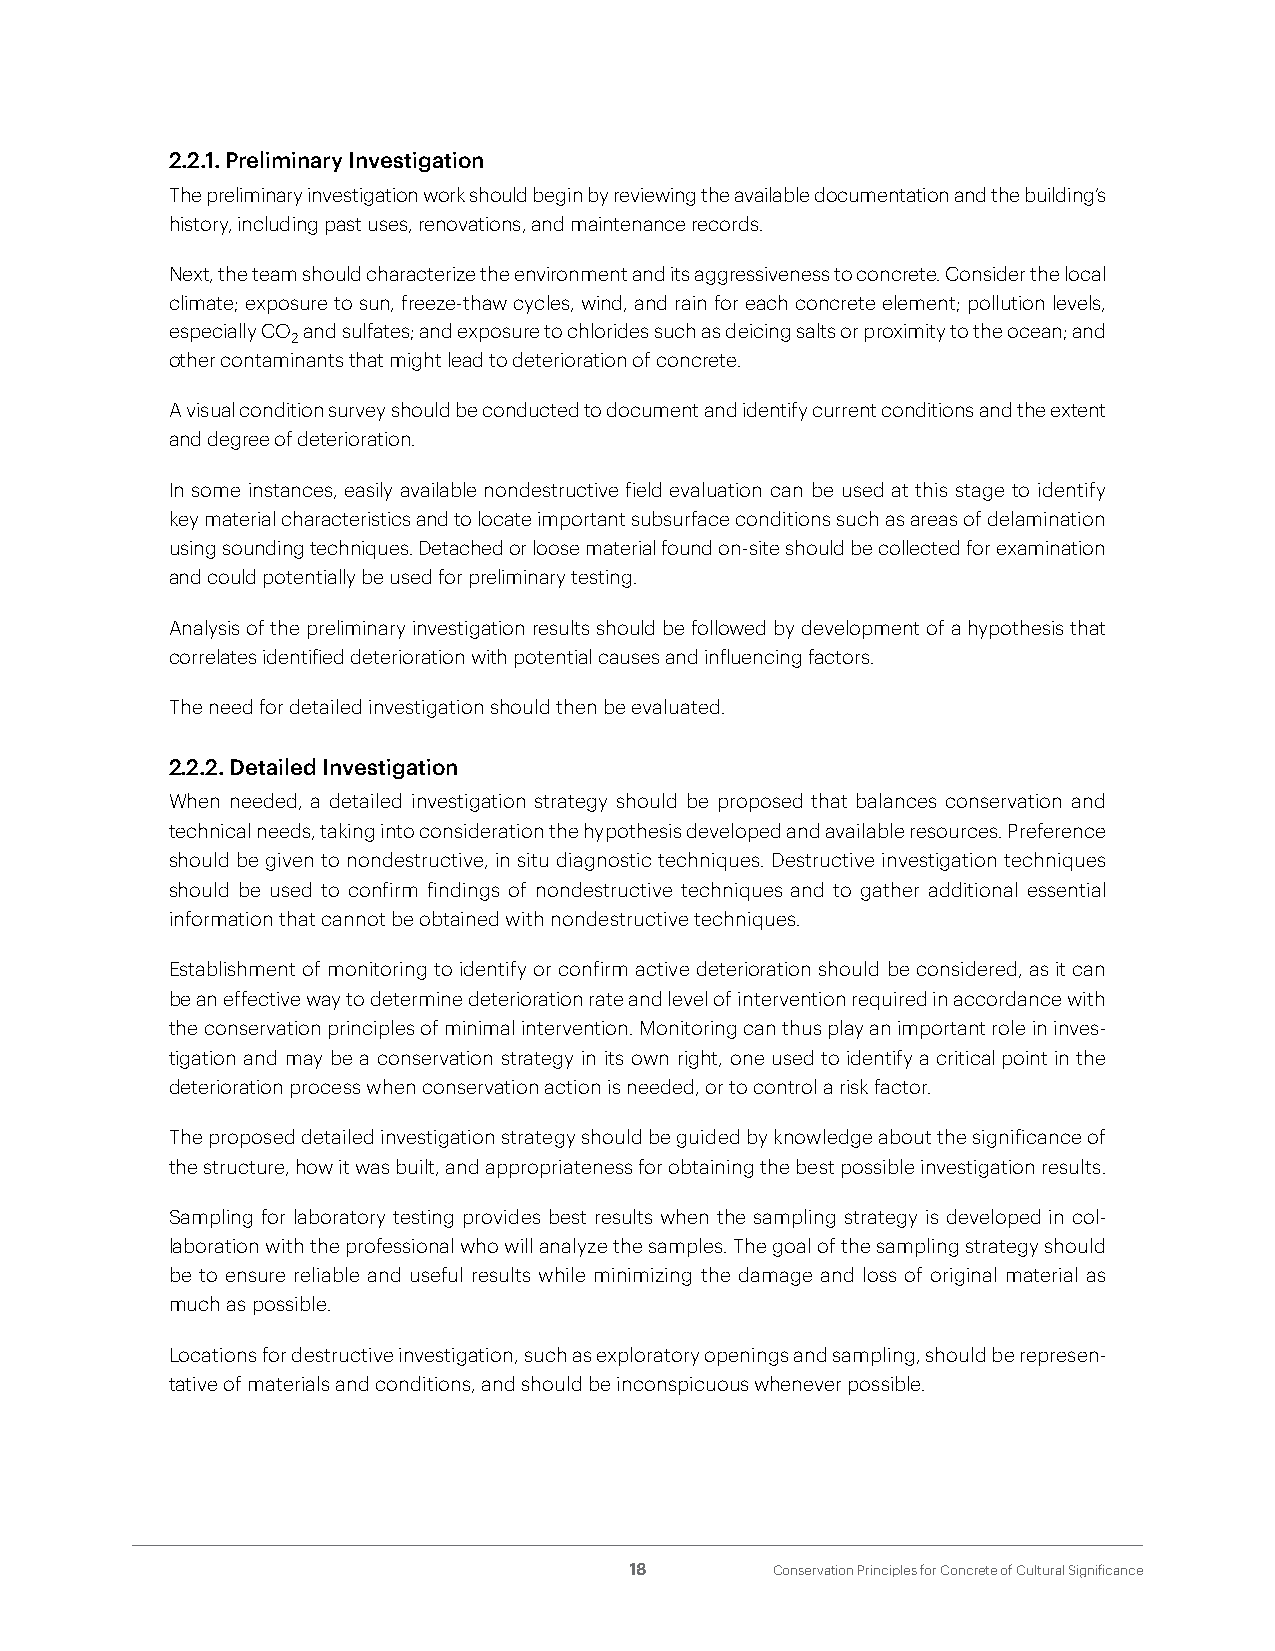
2.2.1. Preliminary Investigation
 The preliminary investigation work should begin by reviewing the available documentation and the building’s
 history, including past uses, renovations, and maintenance records.
 Next, the team should characterize the environment and its aggressiveness to concrete. Consider the local
 climate; exposure to sun, freeze-thaw cycles, wind, and rain for each concrete element; pollution levels,
 especially CO and sulfates; and exposure to chlorides such as deicing salts or proximity to the ocean; and
 2
 other contaminants that might lead to deterioration of concrete.
 A visual condition survey should be conducted to document and identify current conditions and the extent
 and degree of deterioration.
 In some instances, easily available nondestructive field evaluation can be used at this stage to identify
 key material characteristics and to locate important subsurface conditions such as areas of delamination
 using sounding techniques. Detached or loose material found on-site should be collected for examination
 and could potentially be used for preliminary testing.
 Analysis of the preliminary investigation results should be followed by development of a hypothesis that
 correlates identified deterioration with potential causes and influencing factors.
 The need for detailed investigation should then be evaluated.
 2.2.2. Detailed Investigation
 When needed, a detailed investigation strategy should be proposed that balances conservation and
 technical needs, taking into consideration the hypothesis developed and available resources. Preference
 should be given to nondestructive, in situ diagnostic techniques. Destructive investigation techniques
 should be used to confirm findings of nondestructive techniques and to gather additional essential
 information that cannot be obtained with nondestructive techniques.
 Establishment of monitoring to identify or confirm active deterioration should be considered, as it can
 be an effective way to determine deterioration rate and level of intervention required in accordance with
 the conservation principles of minimal intervention. Monitoring can thus play an important role in inves-
 tigation and may be a conservation strategy in its own right, one used to identify a critical point in the
 deterioration process when conservation action is needed, or to control a risk factor.
 The proposed detailed investigation strategy should be guided by knowledge about the significance of
 the structure, how it was built, and appropriateness for obtaining the best possible investigation results.
 Sampling for laboratory testing provides best results when the sampling strategy is developed in col-
 laboration with the professional who will analyze the samples. The goal of the sampling strategy should
 be to ensure reliable and useful results while minimizing the damage and loss of original material as
 much as possible.
 Locations for destructive investigation, such as exploratory openings and sampling, should be represen-
 tative of materials and conditions, and should be inconspicuous whenever possible.
 18       Conservation Principles for Concrete of Cultural Significance